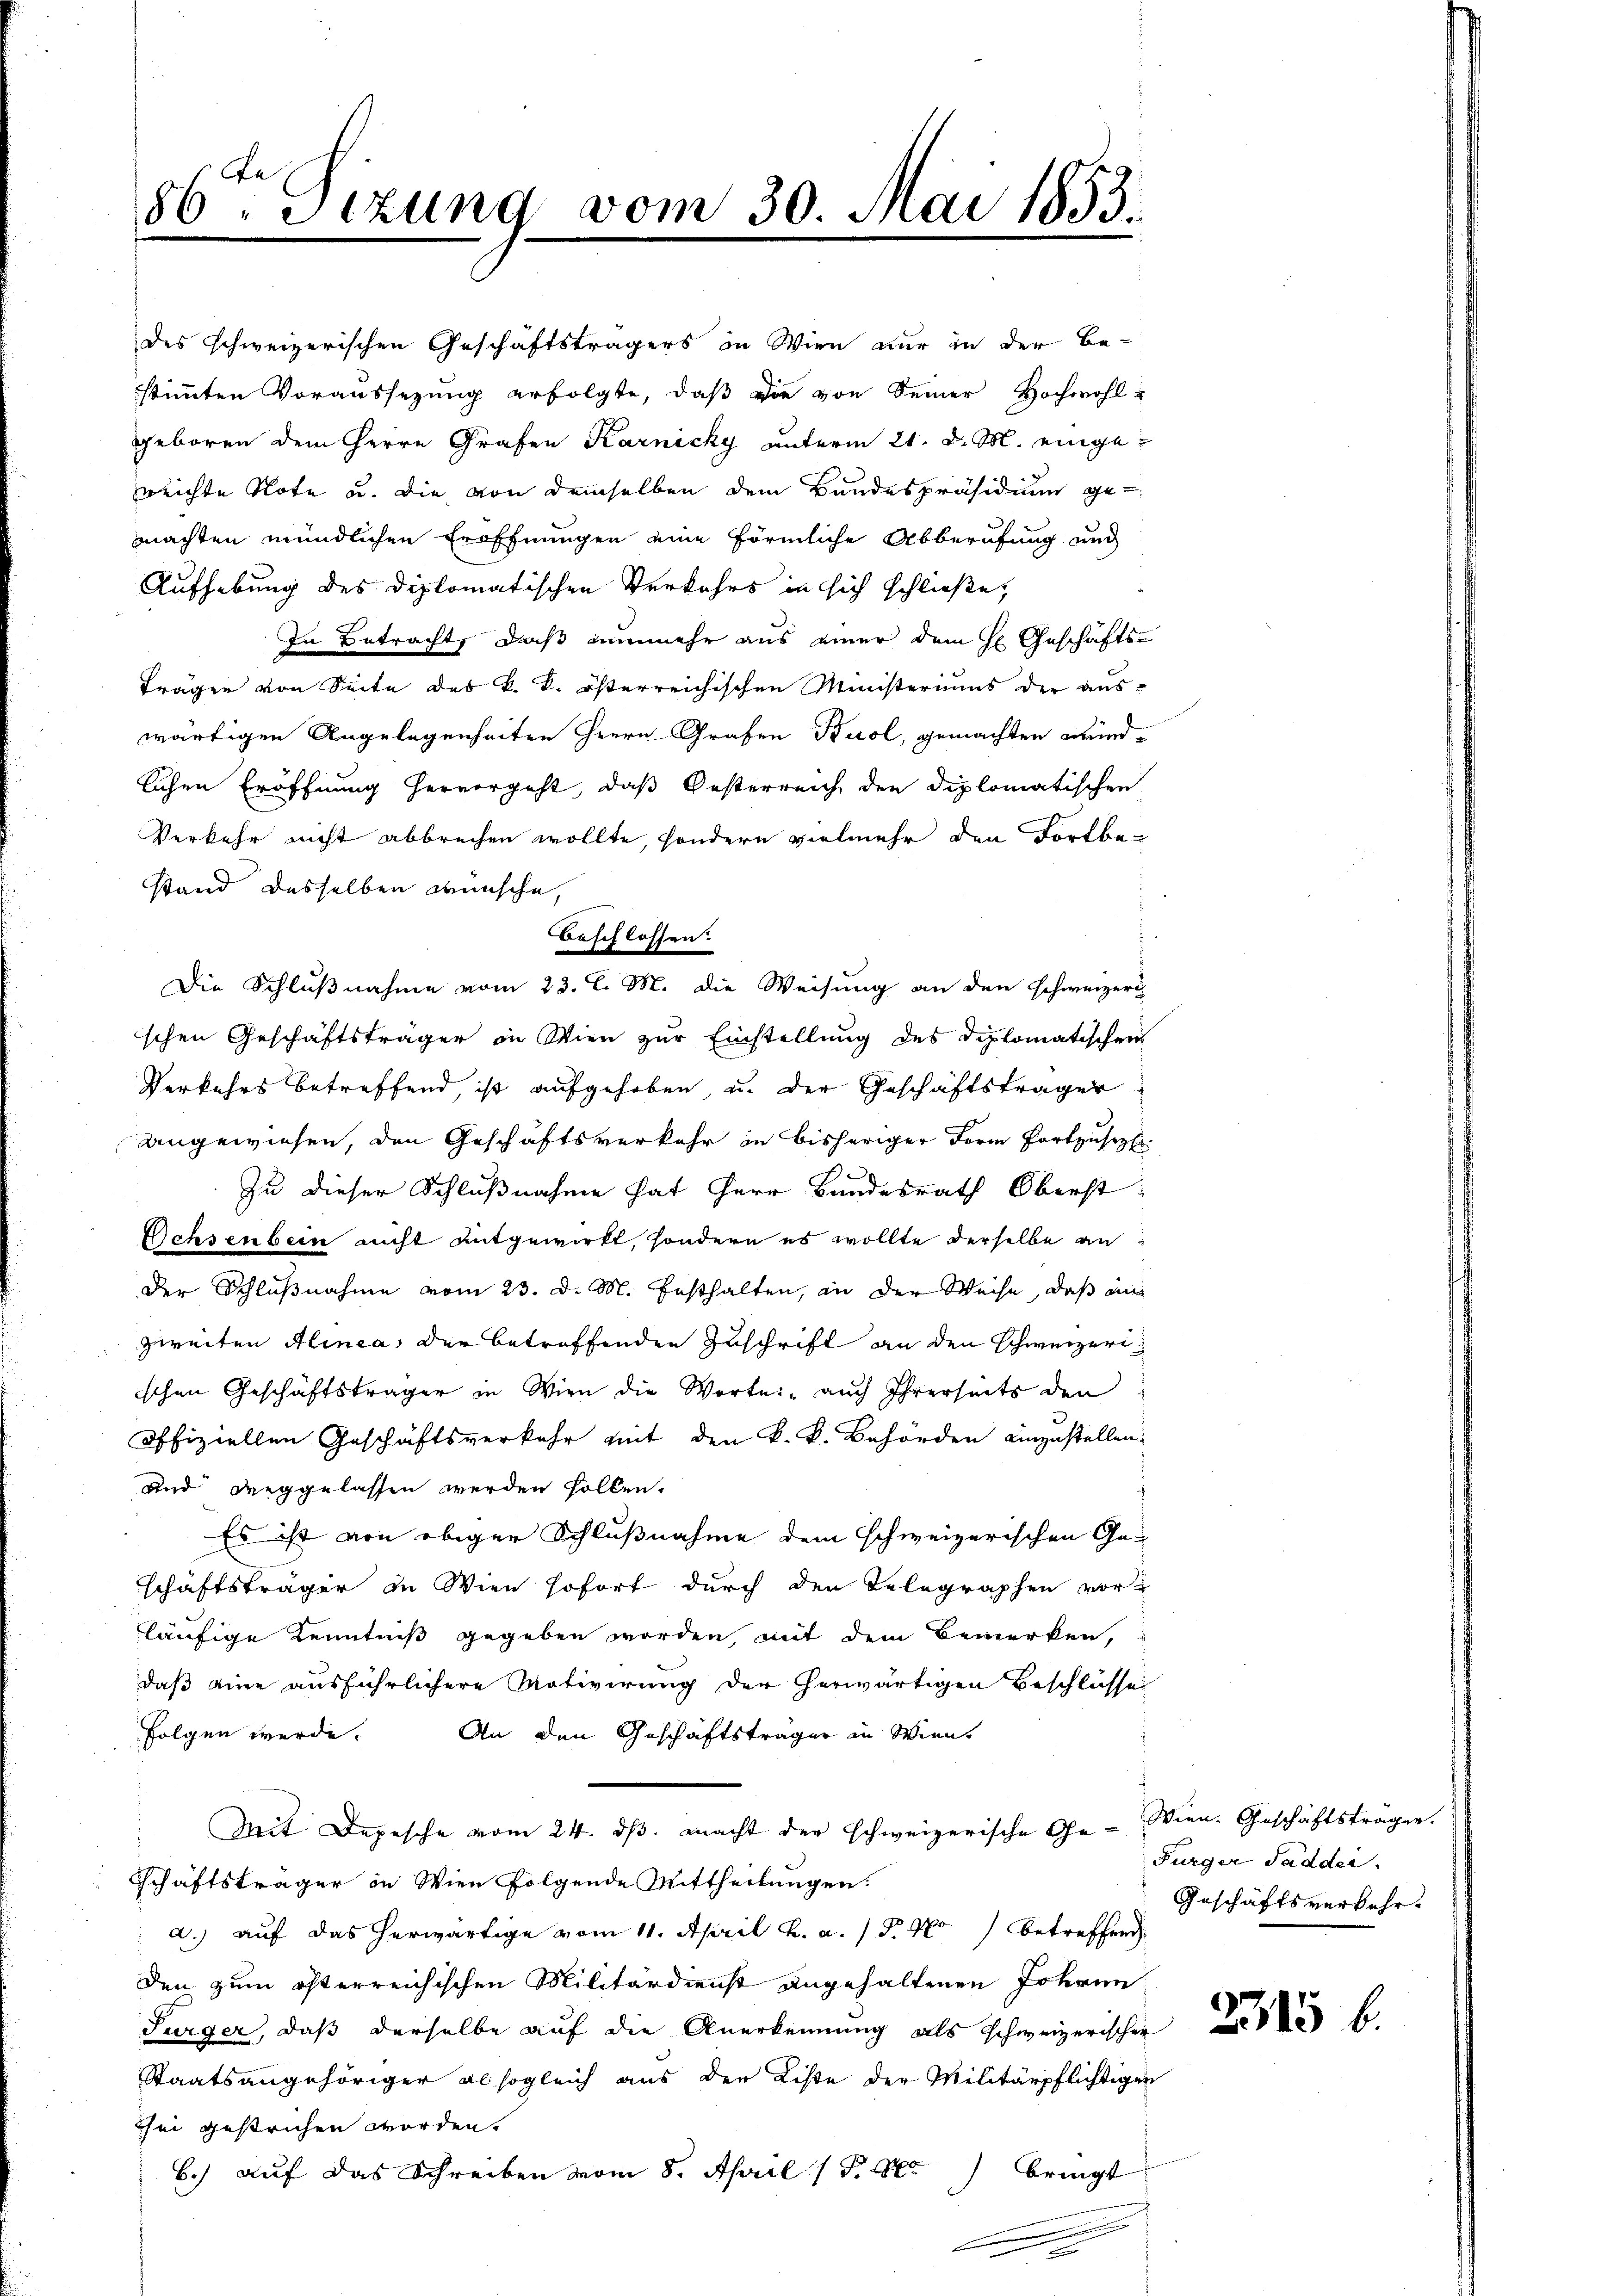
86ten Sizung vom 30. Mai 1853.

des schweizerischen Geschäftsträgers in Wien nur in der Be-
stimmten Voraussezung erfolgte, daß die von Seiner Hochwohl-
geboren dem Herrn Grafen Karnicky unterm 21. d. M. eingereichte Note u. die von demselben dem Bandespräsidium ge-
machten mündlichen Eröffnungen eine förmliche Abberufung und
Aufhebung des Diplomatischen Verkehrs in sich schließe,
In Betracht, daß nunmehr aus einer dem H. Geschäfts-
Trägen von Seite des k. k. österreichischen Ministeriums der aus-
wärtigen Angelegenheiten Herrn Grafen Buol, gemachten Mundlichen Eröffnung hervorgeht, daß Oesterreich den diplomatischen
Verkehr nicht abbrechen wollte, sondern vielmehr den Fortbestand desselben wünsche,
Beschlossen:
Die Schlußnahme vom 23. l. M. die Weisung an den schweizeri
schen Geschäftsträger in Wien zur Einstellung des Diplomatischen
Verkehrs betreffend, ist aufgehoben, u. der Geschäftsträger
Ungewiesen, den Geschäftsverkehr in bisheriger Form fortzusetzl.
9
Zu dieser Schlußnahme hat Herr Bundesrath Oberst
Ochsenbein nicht entgewirkt, sondern es wollte derselbe an
der Schlußnahme vom 23. d. M. Gesthalten, an der Weise, daß an
zweiten Alinea der betroffenden Zuschrift an den Schweizerischen Geschäftsträger in Wien die Worte: "aŭch Ihrerseits den
offiziellen Geschäftsverkehr mit den k. k. Behörden einzustellen.
und dinggelassen werden sollen.
Es ist von obiger Schlußnahme dem schweizerischen Ge-
schäftsträger zu Wien sofort durch den Telegraphen vorläufige Kenntniß gegeben worden, mit dem Bemerken,
daß eine ausführlichere Motivirung der herwärtigen Beschlüsse
folgen werde. An den Geschäftsträger in Wien.
Mit Depesche vom 24. ds. macht der schweizerische Ge- Wien. Geschäftsträger.
Schäftsträger in Wien folgende Mittheilungen.
a.) auf das herwärtige vom 11. April h. a. 1 S. 401 betreffen
den zum öfterreichischen Militärdienst angehaltenen Johann
Turger, daß derselbe auf die Anerkennung als schweizerischer
Staatsangehöriger alsogleich aus der Liste der Militärpflichtigen
sei gestrichen worden.
bringt
b.) auf das Schreiben vom 8. April (S. 10.

Fürger Saddei.
Geschäftsverkehr.

2315 f